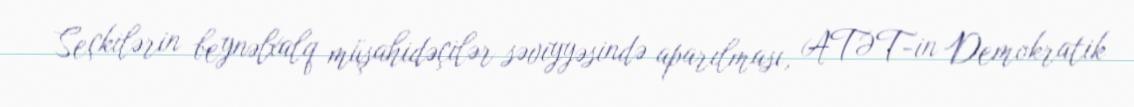
Seçkilərin beynəlxalq müşahidəçilər səviyyəsində aparılması, ATƏT-in Demokratik